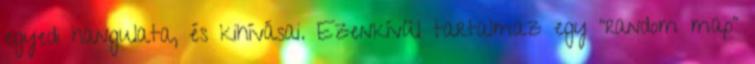
egyedi hangulata, és kihívásai. Ezenkívül tartalmaz egy "random map"